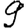
Digit: 9